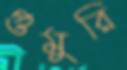
গুমুরি